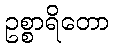
ဥစ္စာရိတော